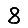
Digit: 8